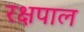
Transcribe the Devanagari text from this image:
रक्षपाल